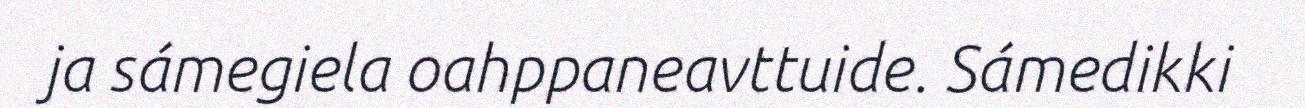
ja sámegiela oahppaneavttuide. Sámedikki